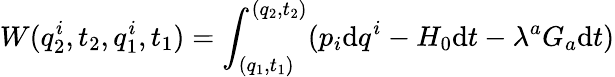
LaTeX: W(q_{2}^{i},t_{2},q_{1}^{i},t_{1})=\int_{(q_{1},t_{1})}^{(q_{2},t_{2})}(p_{i}\mathrm{d}q^{i}-H_{0}\mathrm{d}t-\lambda^{a}G_{a}\mathrm{d}t)